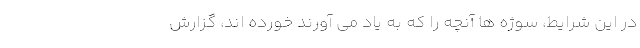
در این شرایط، سوژه ها آنچه را که به یاد می آورند خورده اند، گزارش